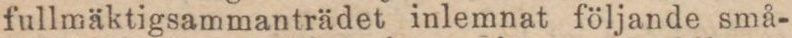
fullmäktigsammanträdet inlemnat följande små-